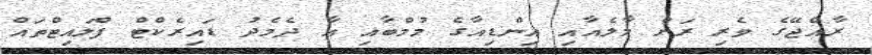
ރާއްޖޭގެ ވެރި ރަށް މާލެއާއި އިންޑިއާގެ މުމްބާއި އާ ދެމެދު ޑައިރެކްޓް ފްލައިޓްތައް